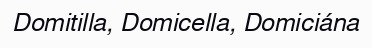
Domitilla, Domicella, Domiciána